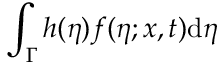
\int _ { \Gamma } h ( \eta ) f ( \eta ; x , t ) \mathrm { d } \eta